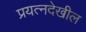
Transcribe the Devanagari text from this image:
प्रयत्नदेखील